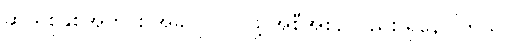
ဆယ်စုနှစ်အတွင်း အခုလို လုပ်ဖို့ အစီအစဉ်လည်း ရှိနေပါတယ်။